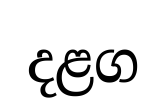
දළග